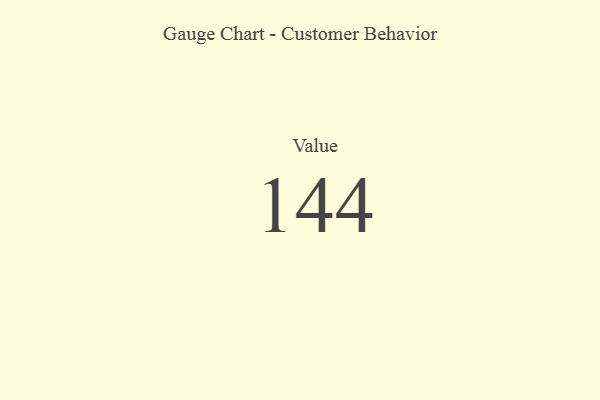
{"axis": {"x": "Metric", "y": "Value"}, "legend": [""], "data": [{"x": "Value", "y": 144, "type": ""}]}